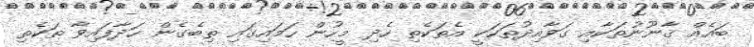
ބައެއް ޤާނޫނުތަކާއި ގަވާއިދުތަކަކީ އެތަކެތި ހެދި މީހުން ހަމައިގައި ތިބެގެން ހަދާފައިވާ ތަކެތި